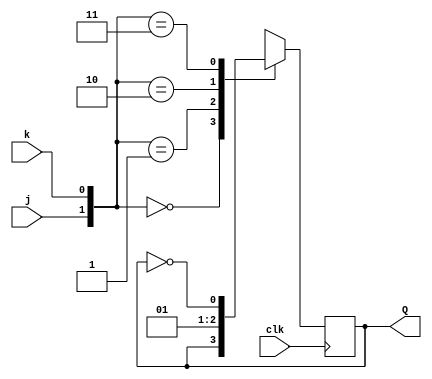
module top_module (
    input clk,
    input j,
    input k,
    output Q); 
	
    always @ (posedge clk) begin
        case ({j,k})
            2'b00: Q <= Q;
            2'b01: Q <= 1'b0;
            2'b10: Q <= 1'b1;
            2'b11: Q <= ~Q;
        endcase
    end
    
endmodule